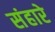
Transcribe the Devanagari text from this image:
संहारे